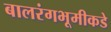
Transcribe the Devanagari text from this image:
बालरंगभूमीकडे